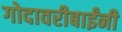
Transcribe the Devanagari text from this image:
गोदावरीबाईंनी